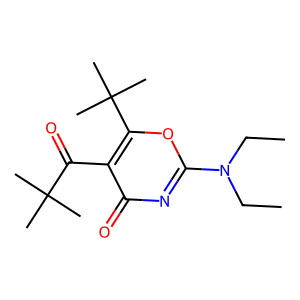
SMILES: CCN(CC)c1nc(=O)c(C(=O)C(C)(C)C)c(C(C)(C)C)o1
Inhibits HIV replication: No